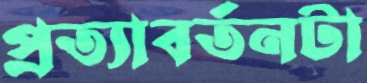
প্রত্যাবর্তনটা